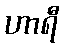
ဟာရီ